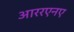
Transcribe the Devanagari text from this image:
आररएनए